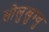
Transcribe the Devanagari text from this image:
सोलुखुम्बु